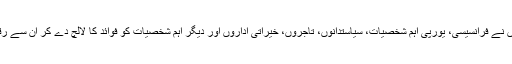
جعل سازوں نے فرانسیسی، یورپی اہم شخصیات، سیاستدانوں، تاجروں، خیراتی اداروں اور دیگر اہم شخصیات کو فوائد کا لالچ دے کر ان سے رقم جمع کی۔